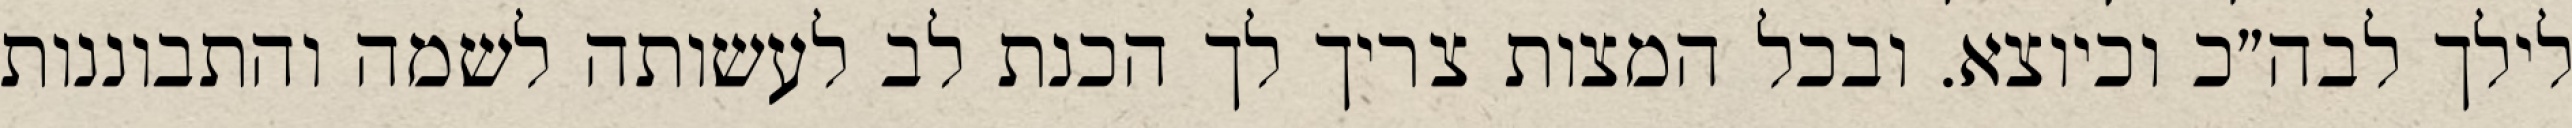
לילך לבה״כ וכיוצא. ובכל המצות צריך לך הכנת לב לעשותה לשמה והתבוננות